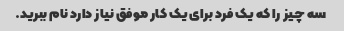
سه چیز را که یک فرد برای یک کار موفق نیاز دارد نام ببرید.